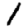
Digit: 1